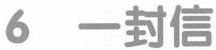
6